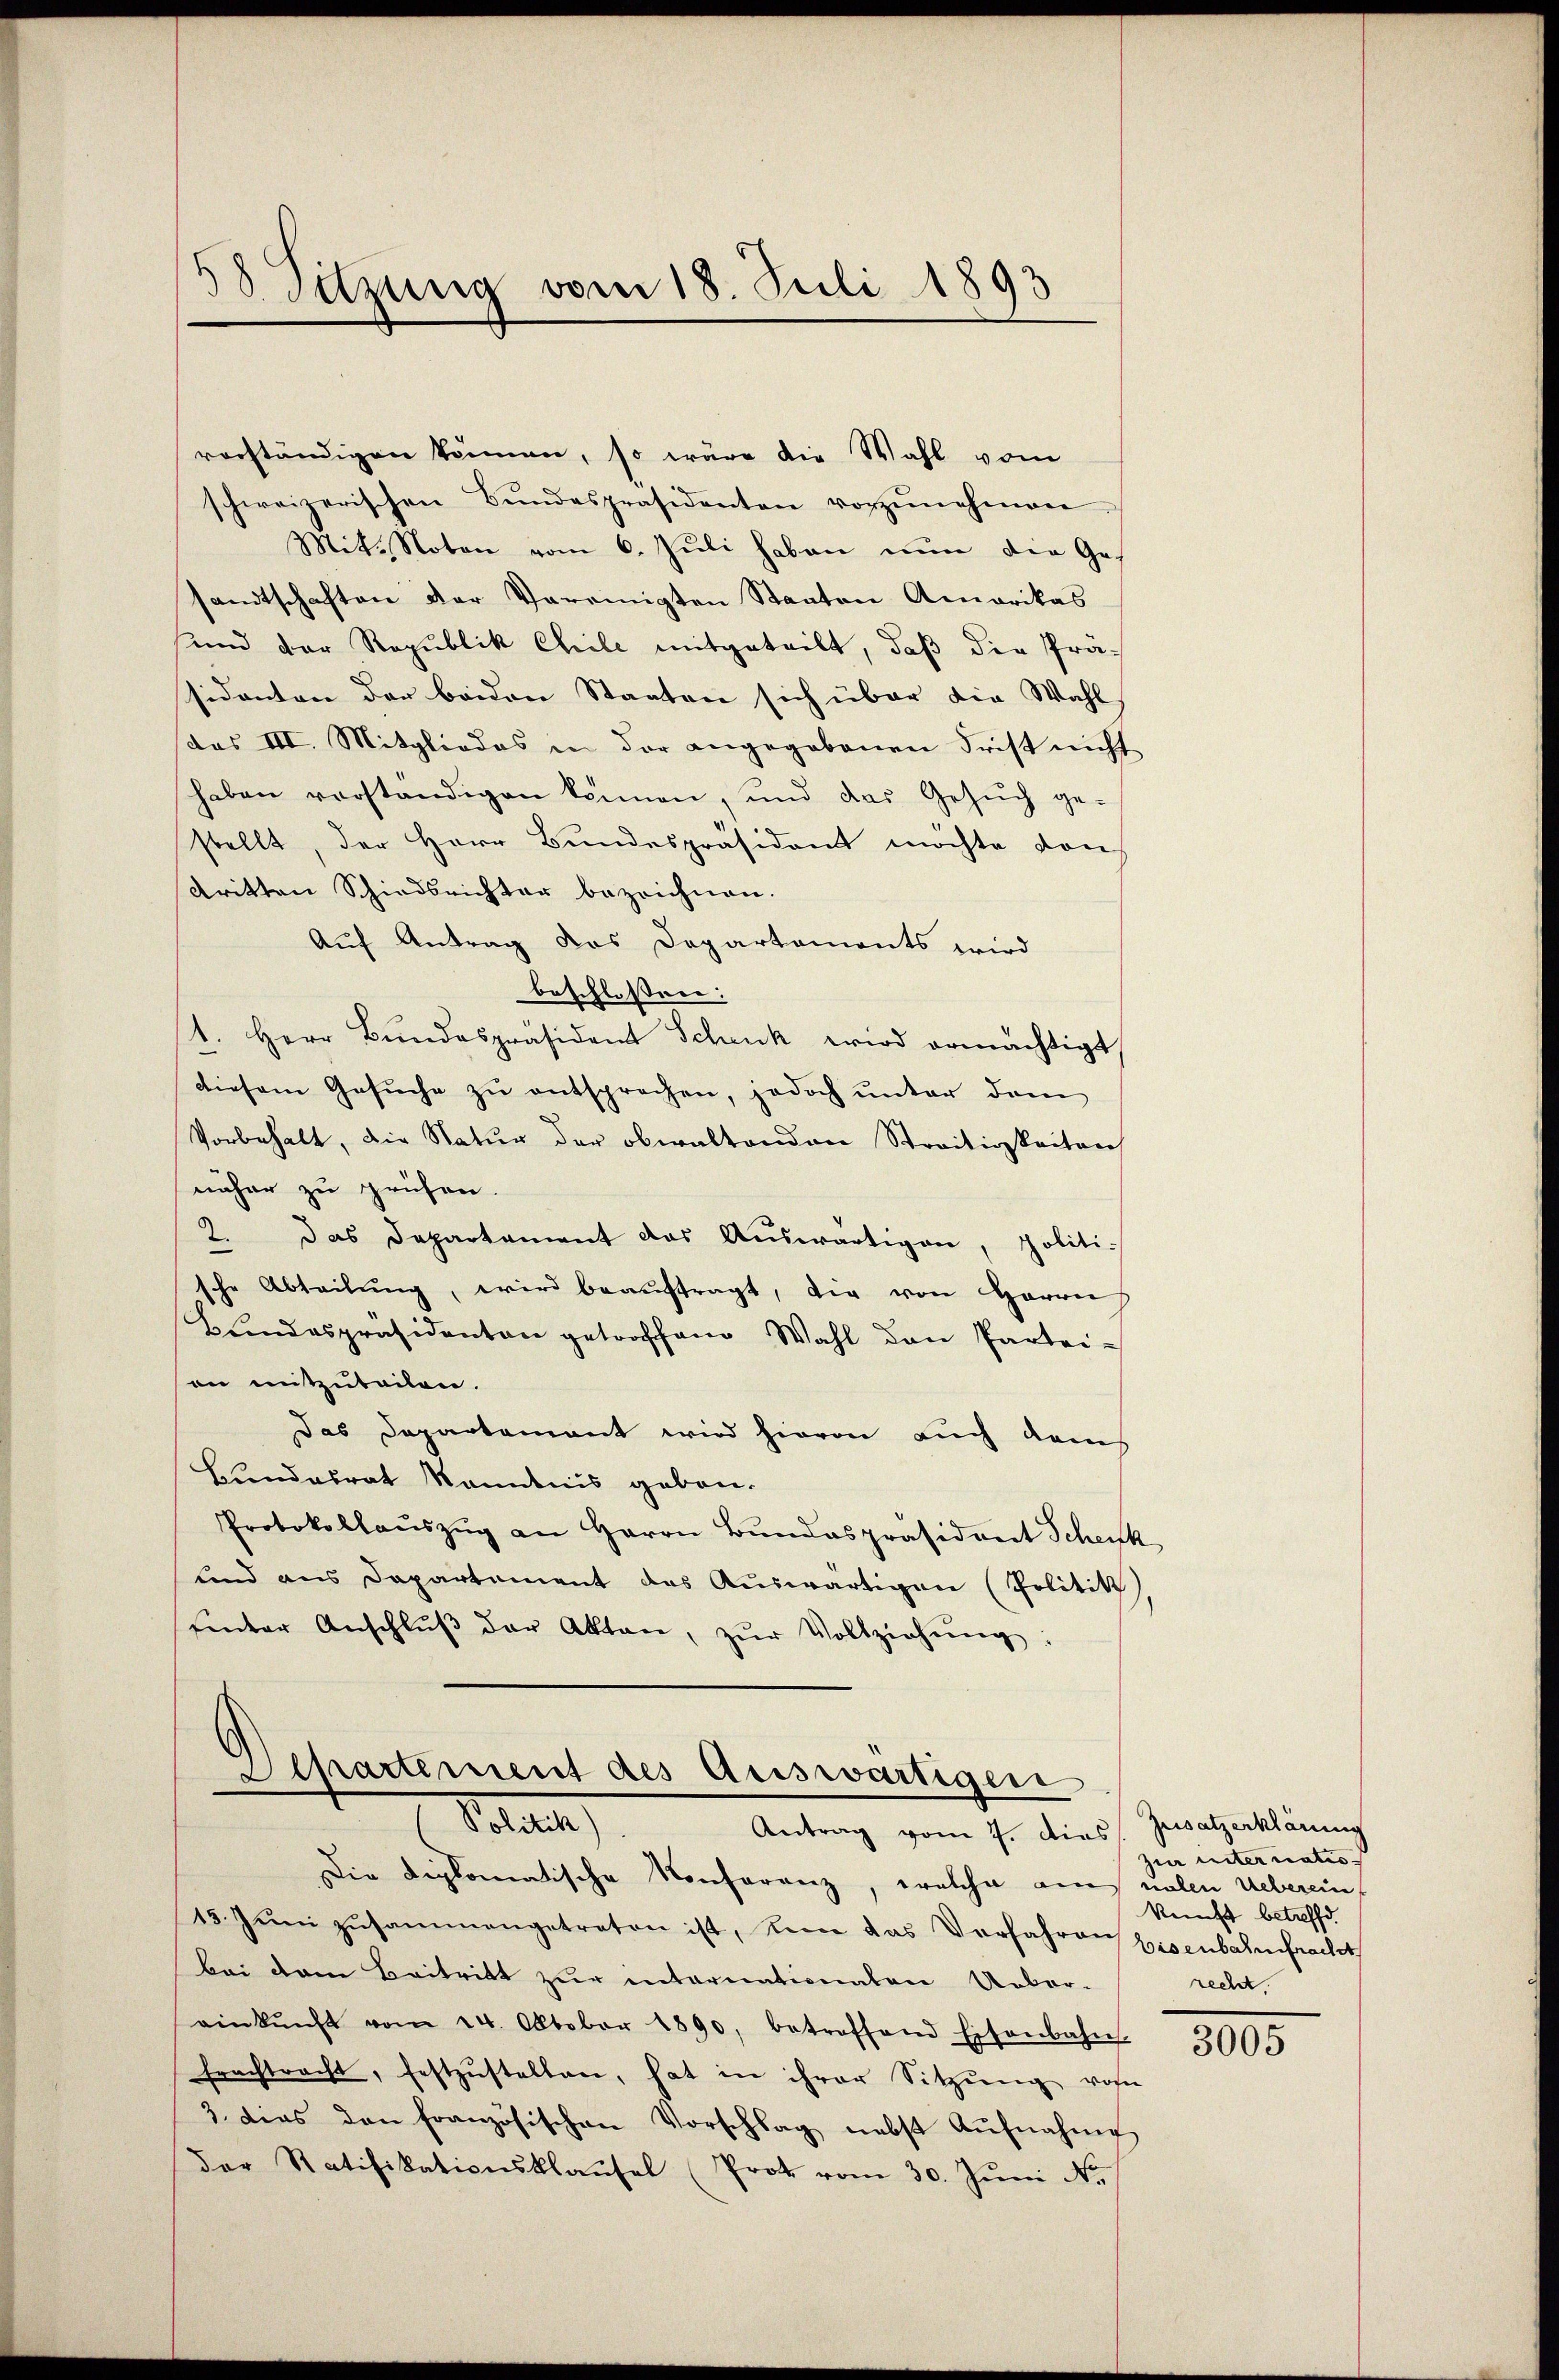
58 Sitzung vom 18. Juli 1893

vorständigen können, so wäre die Wahl vom
schweizerischen Bŭndespräsidenten vorzŭnehmen
Mit. Noten vom 6. Juli haben nun die Ges
sandtschaften der Vereinigten Staaten Amerikas
sund der Republik Chile mitgeteilt, daß die Prä-
sidanten der beiden Staaten sich über die Wahl,
(das III. Mitgliedes in der angegebenen Frist nicht
haben vorständigen können, und das Gesŭch ge-
stellt, der Herr Bundespräsident möchte von
dritten Schiedsrichter bezeichnen.
Auf Antrag das Departements wird
beschlossen:
1. Herr Bŭndespräsident Schenk wird ermächtigt,
diesem Gesuche zu entsprechen, jedoch unter dem
Vorbehalt, die Natur der obwaltenden Streitigkeiten
näher zu prüfen.
2.
Das Departement das Auswärtigen, politi-
sche Abteilŭng, wird beaŭftragt, die von Herren
Bŭndespräsidenten getroffend Wahl den Partei-
son mitzuteilen.
Das Departement wird hievon auch dans
Bundesrat kanntnis gebon.
Protokollaŭszŭg an Herrn Bŭndespräsident Schenk
und aus Departement des Aŭswärtigen (Politik
Einter Anschlŭβ der Akten, zŭr Vollziehŭng:

Departement des Auswärtigen
Sanen,
Antrag vom 7. Dies Zusatzerklärung

Die Diplomatische Konferenz, welche aus valen Ueberein,
13. Jŭni zusammengetreten ist, um das Verfahren Eisenbahnfracht
bei dem Beitritt zur internationaten Ueber-
einkunft vom 24. Oktober 1890, betreffend Eisenbahn-
frachtracht, festzŭstellen, hat in ihrer Sitzŭng vom
3. dies den französischen Vorschlag nebst Aŭfnahme
der Ratifikationsklausel (Prot vom 30. Jŭni N.

zur unternates
kunft betreffd.
recht.

3005